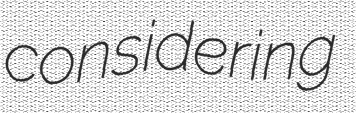
considering